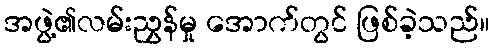
အဖွဲ့၏လမ်းညွှန်မှု အောက်တွင် ဖြစ်ခဲ့သည်။